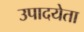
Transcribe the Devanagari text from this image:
उपादयेता